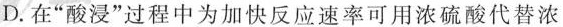
D.在”酸浸”过程中为加快反应速率可用浓硫酸代替浓